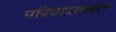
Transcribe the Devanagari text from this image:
परिवाराबद्दल